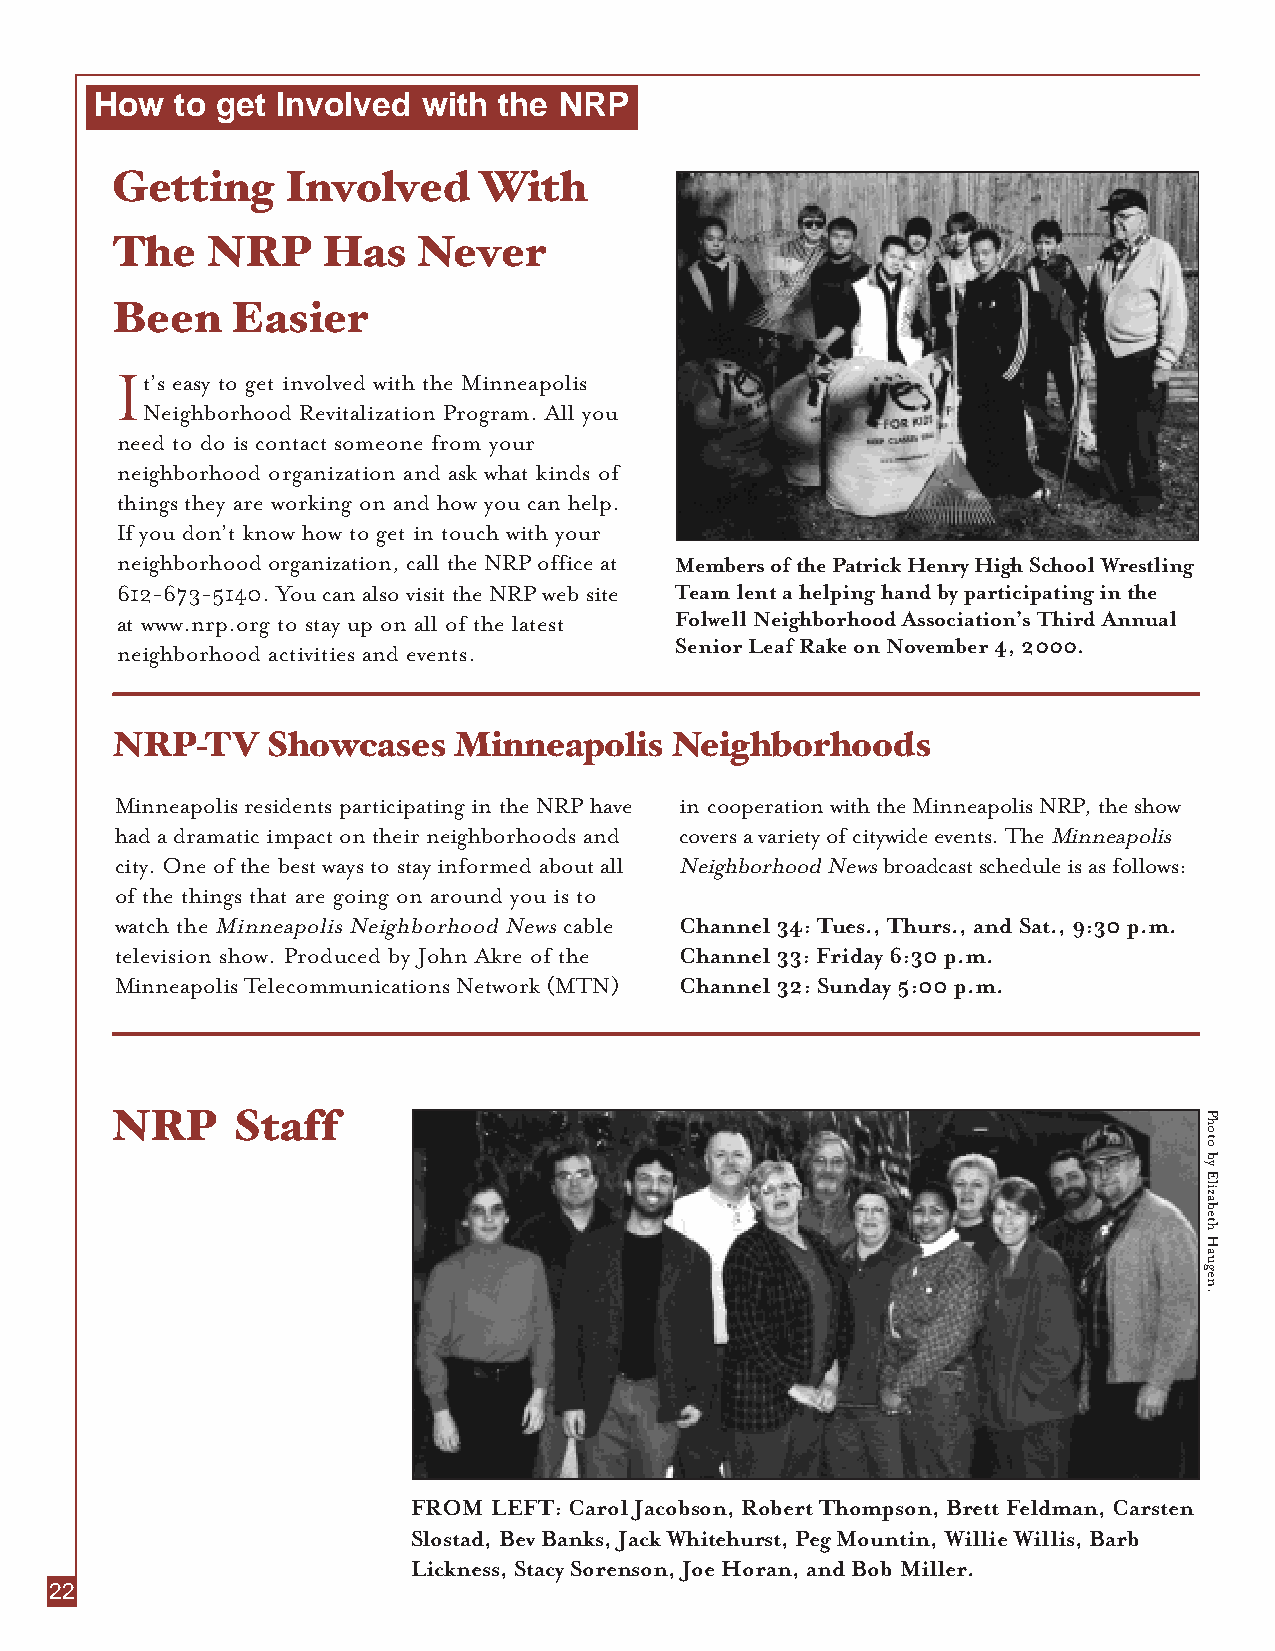
How   to get Involved with the NRP
 Getting     Involved     With
 The    NRP    Has    Never
 Been    Easier
 It’s easy to get involved with the Minneapolis
 Neighborhood Revitalization Program. All you
 need to do is contact someone from your
 neighborhood organization and ask what kinds of
 things they are working on and how you can help.
 If you don’t know how to get in touch with your
 neighborhood organization, call the NRP office at Members of the Patrick Henry High School Wrestling
 612-673-5140. You can also visit the NRP web site Team lent a helping hand by participating in the
 at www.nrp.org to stay up on all of the latest Folwell Neighborhood Association’s Third Annual
 Senior Leaf Rake on November 4, 2000.
 neighborhood activities and events.
 NRP-TVShowcases        Minneapolis   Neighborhoods
 Minneapolis residents participating in the NRP have in cooperation with the Minneapolis NRP, the show
 had a dramatic impact on their neighborhoods and covers a variety of citywide events. The Minneapolis
 city. One of the best ways to stay informed about all Neighborhood Newsbroadcast schedule is as follows:
 of the things that are going on around you is to
 watch the Minneapolis Neighborhood Newscable Channel 34: Tues., Thurs., and Sat., 9:30 p.m.
 television show. Produced by John Akre of the Channel 33: Friday 6:30 p.m.
 Minneapolis Telecommunications Network (MTN) Channel 32: Sunday 5:00 p.m.
 NRP     Staff
 FROM  LEFT: Carol Jacobson, Robert Thompson, Brett Feldman, Carsten
 Slostad, Bev Banks, Jack Whitehurst, Peg Mountin, Willie Willis, Barb
 Lickness, Stacy Sorenson, Joe Horan, and Bob Miller.
 242
 Photo
 by
 Elizabeth
 Haugen.